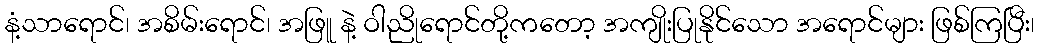
နံ့သာရောင်၊ အစိမ်းရောင်၊ အဖြူ နဲ့ ဝါညိုရောင်တို့ကတော့ အကျိုးပြုနိုင်သော အရောင်များ ဖြစ်ကြပြီး၊